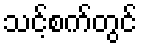
သင့်စက်တွင်